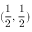
( \frac { 1 } { 2 } , \frac { 1 } { 2 } )